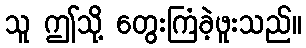
သူ ဤသို့ တွေးကြံခဲ့ဖူးသည်။